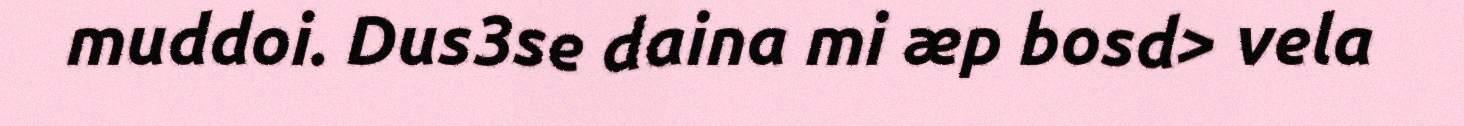
muddoi. Dus3se daina mi æp bosd> vela